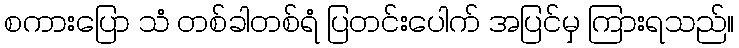
စကားပြော သံ တစ်ခါတစ်ရံ ပြတင်းပေါက် အပြင်မှ ကြားရသည်။